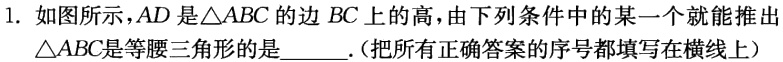
1. 如图所示，\(AD\)是\(\triangle ABC\)的边 \(BC\)上的高，由下列条件中的某一个就能推出\(\triangle ABC\)是等腰三角形的是____.(把所有正确答案的序号都填写在横线上）